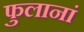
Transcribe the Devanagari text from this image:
फुलानां